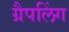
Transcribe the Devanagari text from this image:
ग्रैपलिंग